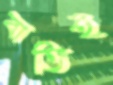
বাতিই